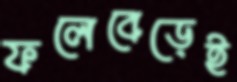
ফলেবেড়েই